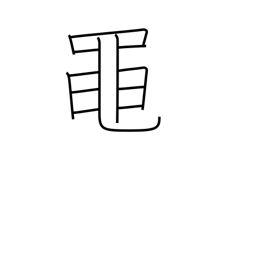
Meaning: green frog